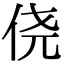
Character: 侥